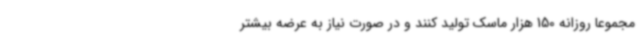
مجموعا روزانه 150 هزار ماسک تولید کنند و در صورت نیاز به عرضه بیشتر